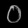
Digit: ၀